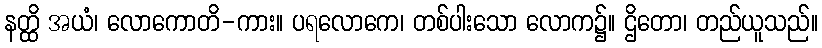
နတ္ထိ အယံ၊ လောကောတိ-ကား။ ပရလောကေ၊ တစ်ပါးသော လောက၌။ ဌိတော၊ တည်ယူသည်။